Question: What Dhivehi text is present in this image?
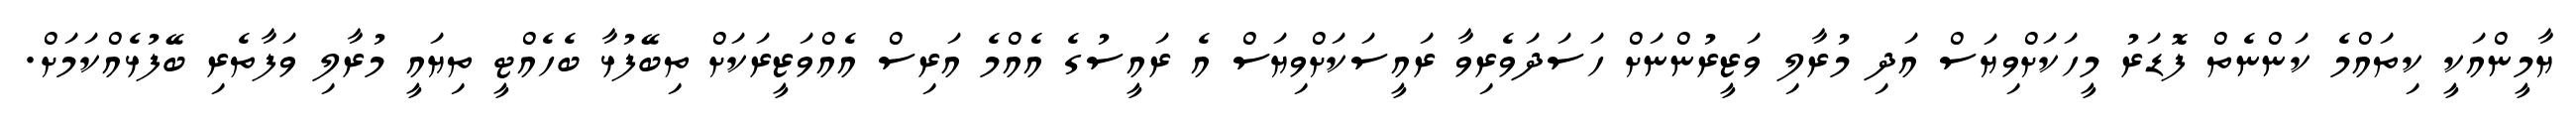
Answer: ޔާމީންއަކީ ކިތައްމެ ކަންނެތް ފޮޑަރު މީހަކަށްވިޔަސް އަދި މުރާލި ވަޒީރުންނަށް ހަސަދަވެރިވާ ރައީސަކަށްވިޔަސް އެ ރައީސުގެ އެއްމެ އަރިސް އެއްވަޒީރަކަށް ތިބޭފުޅާ ބެހެއްޓީ ތިޔައީ މުރާލި ވަފާތެރި ބޭފުޅެއްކަމަށް.